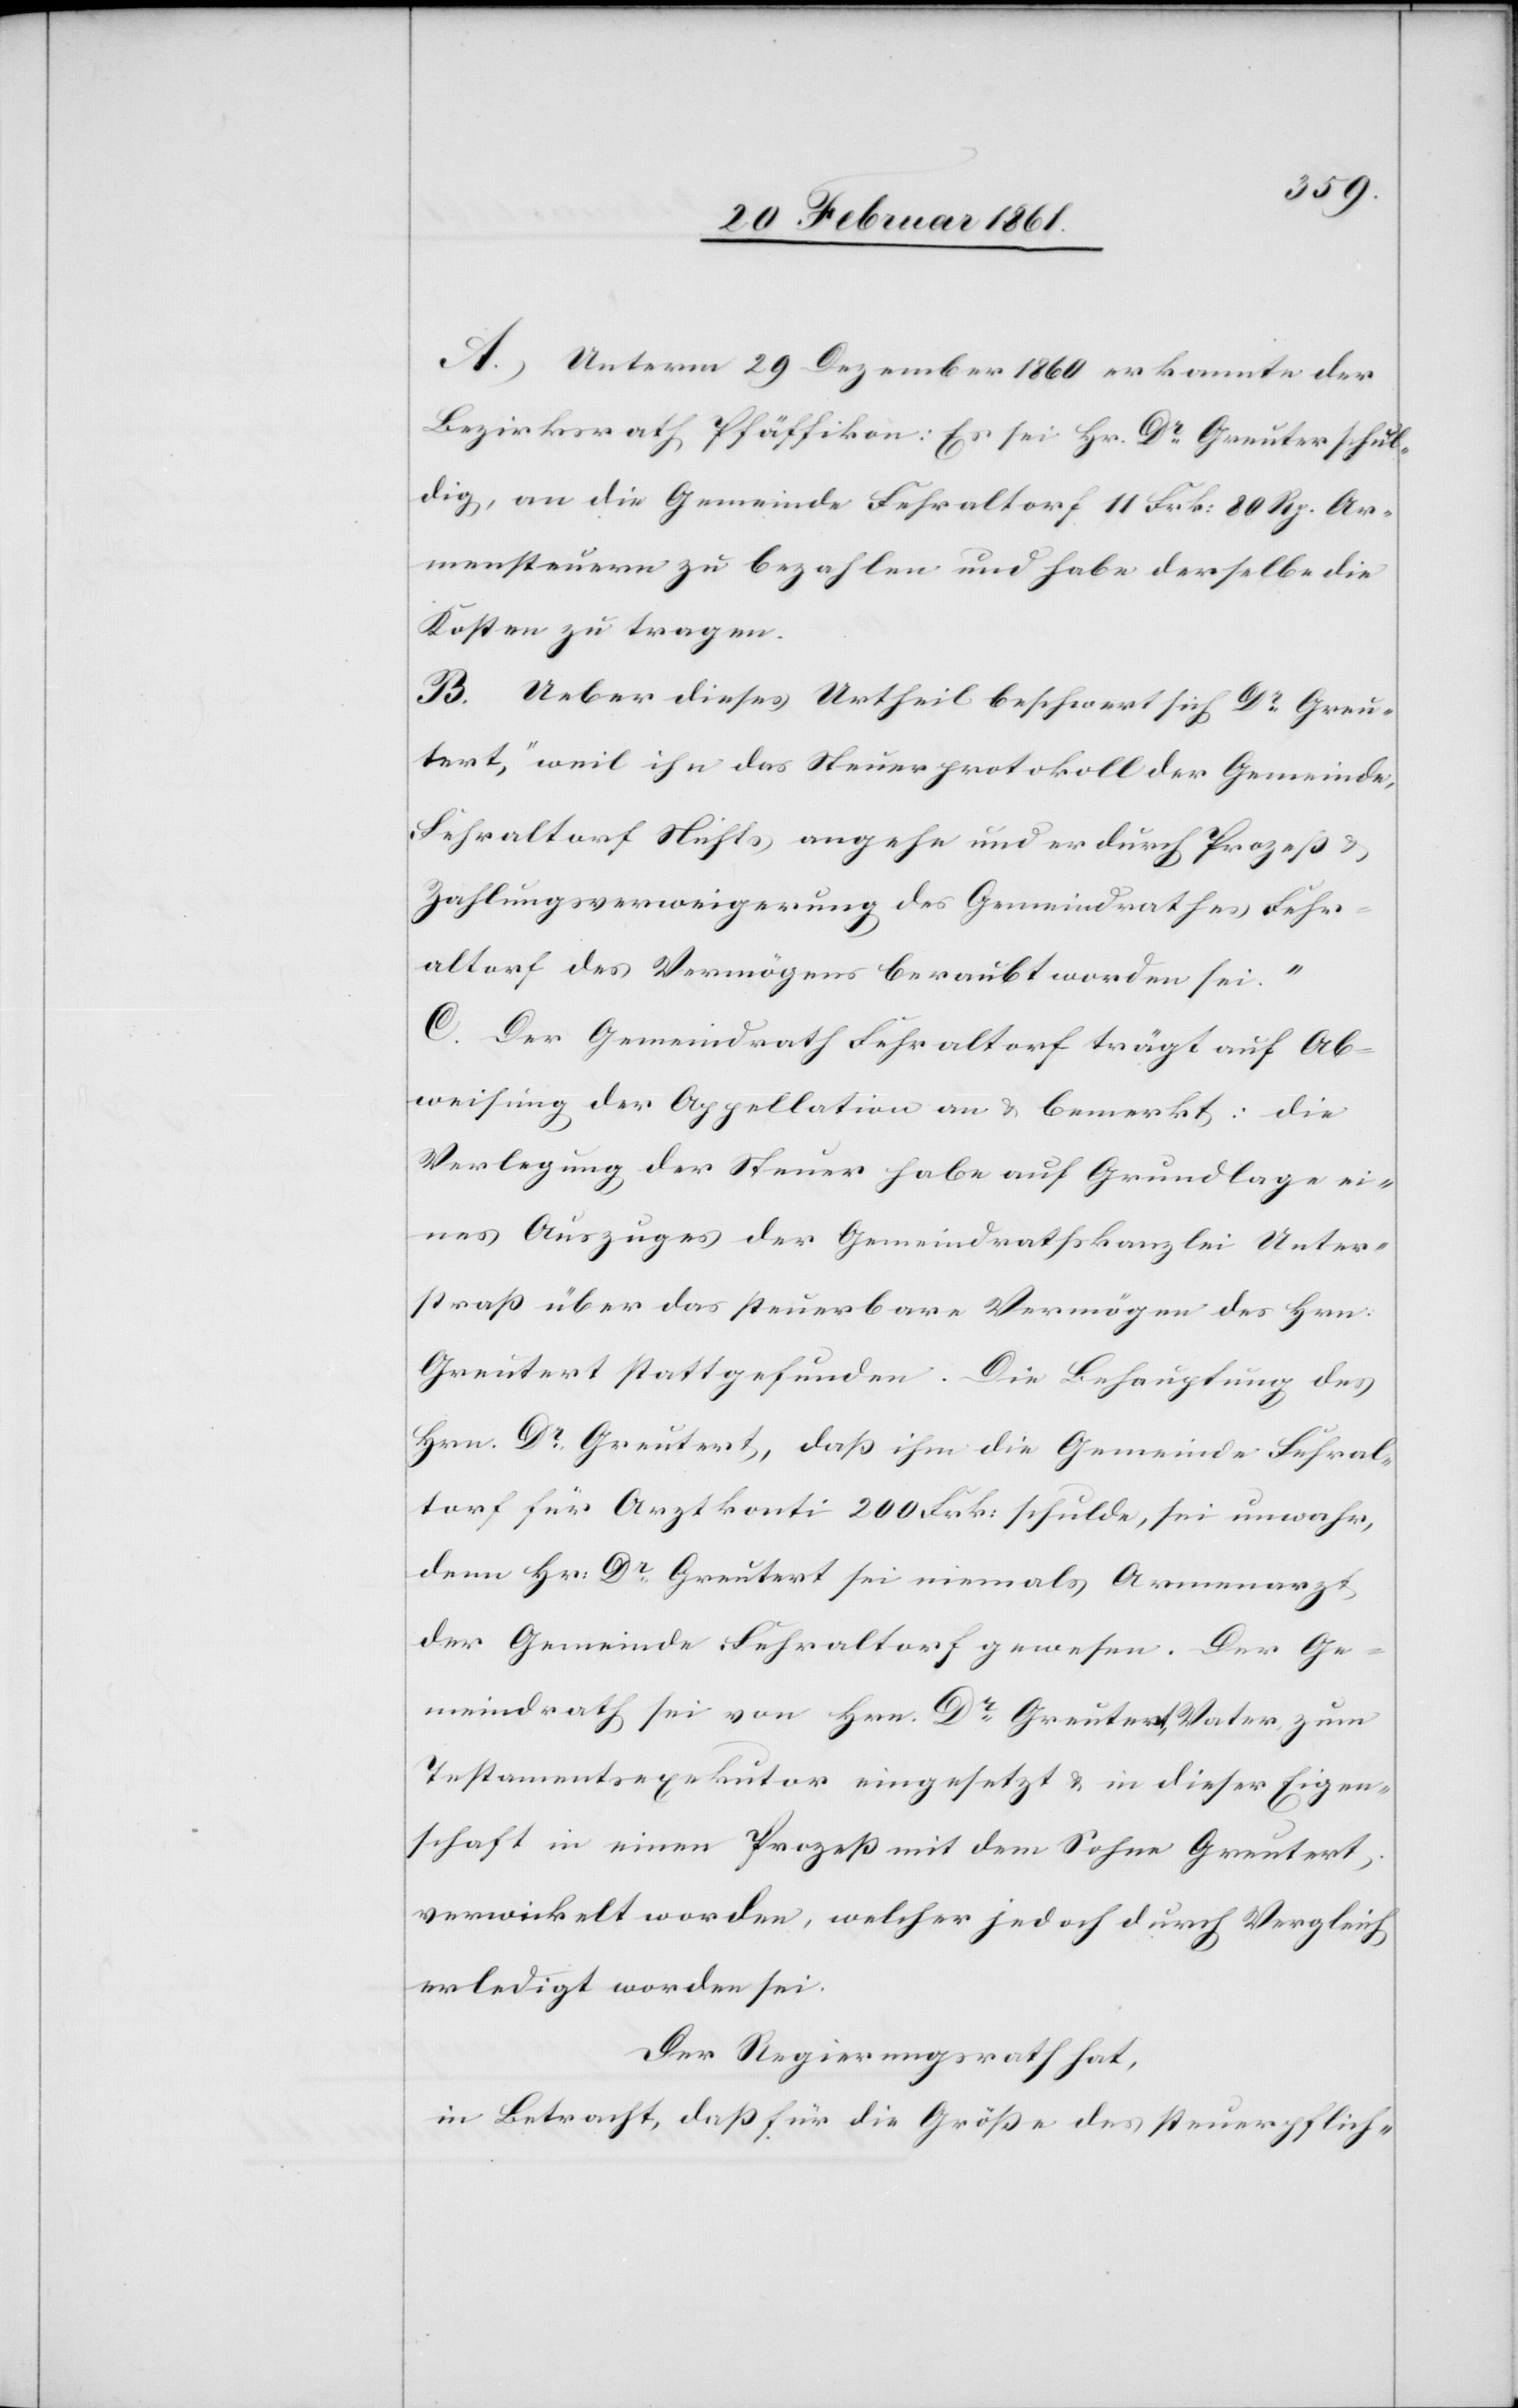
A. Unterm 29. Dezember 1860 erkannte der
Bezirksrath Pfäffikon: Es sei Hr. Dr. Greutert schul¬
dig, an die Gemeinde Fehraltorf 11 Frk: 80 Rp. Ar¬
mensteuern zu bezahlen und habe derselbe die
Kosten zu tragen.
B. Ueber dieses Urtheil beschwert sich Dr. Greu¬
tert, „weil ihn das Steuerprotokoll der Gemeinde
Fehraltorf Nichts angehe und er durch Prozess u.
Zahlungsverweigerung des Gemeindrathes Fehr¬
altorf des Vermögens beraubt worden sei.“
C. Der Gemeindrath Fehraltorf trägt auf Ab¬
weisung der Appellation an u. bemerkt: die
Verlegung der Steuer habe auf Grundlage ei¬
nes Auszuges der Gemeindrathskanzlei Unter¬
strass über das steuerbare Vermögen des Hrn.
Greutert stattgefunden. Die Behauptung des
Hrn. Dr. Greutert, dass ihm die Gemeinde Fehral¬
torf für Arztkonti 200 Frk: schulde, sei unwahr,
denn Hr: Dr. Greutert sei niemals Armenarzt
der Gemeinde Fehraltorf gewesen. Der Ge¬
meindrath sei von Hrn. Dr. Greutert, Vater zum
Testamentsexekutar eingesetzt u. in dieser Eigen¬
schaft in einen Prozess mit dem Sohne Greutert,
verwickelt worden, welcher jedoch durch Vergleich
erledigt worden sei.
Der Regierungsrath hat,
in Betracht, dass für die Grösse des steuerpflich-